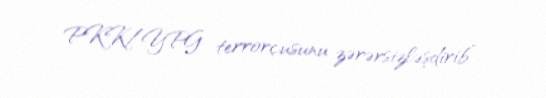
PKK/YPG terrorçusunu zərərsizləşdirib”.